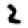
Digit: 2